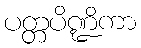
ပတ္တပိဏ္ဍိကာ